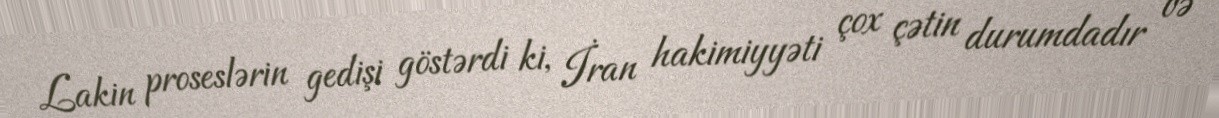
Lakin proseslərin gedişi göstərdi ki, İran hakimiyyəti çox çətin durumdadır və